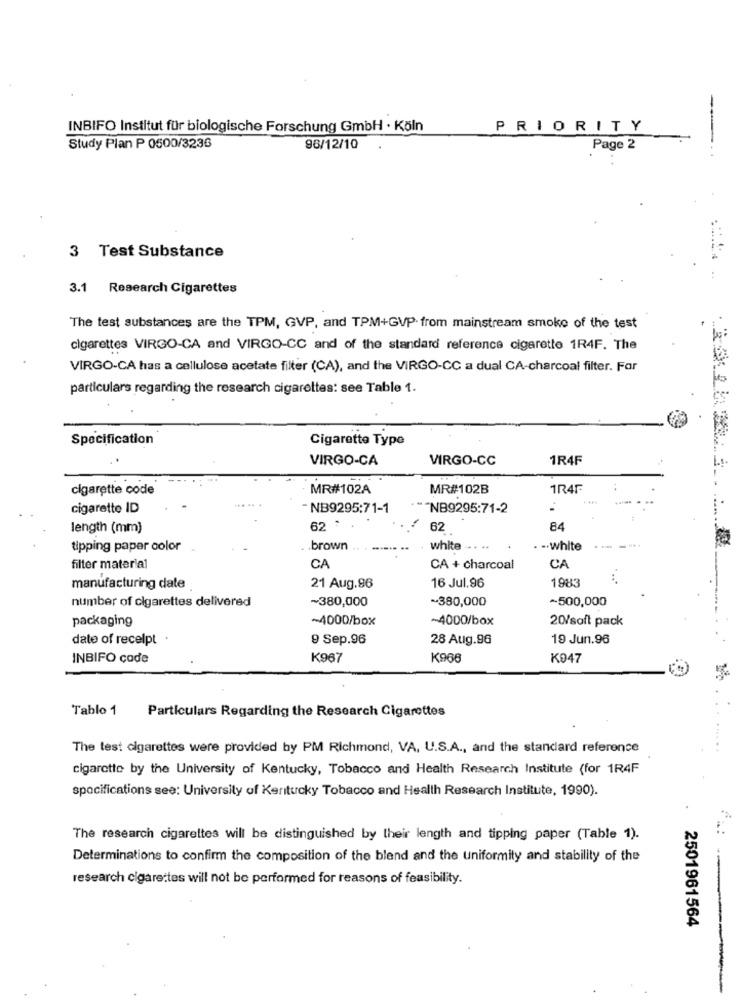
INBIFO Institut für biologische Forschung GmbH · Köln
PRIORITY
---
Study Plan P 0500/3236
96/12/10
Page 2
...
3 Test Substance
3.1 Research Cigarettes
The test substances are the TPM, GVP, and TPM+GVP from mainstream smoke of the test
cigarettes VIRGO-CA and VIRGO-CC and of the standard reference cigarette 1R4F. The
VIRGO-CA has a cellulose acetate filter (CA), and the VIRGO-CC a dual CA-charcoal filter. Far
particulars regarding the research cigarettes: see Table 1.
Specification
Cigarette Type
..
VIRGO-CA
VIRGO-CC
1R4F
cigarette code
MR#102A
MR#102B
1R4F
......
cigarette ID
NB9295:71-1
*** NB9295:71-2
length (mm)
62 .
62
84
tipping paper color
brown
white .. . ..
. .. White
filter material
CA
CA + charcoal
CA
1983
manufacturing date
21 Aug.96
16 Jul.96
number of cigarettes delivered
~380,000
~380,000
-500,000
packaging
~4000/box
-4000/box
20/soft pack
date of recelpt
9 Sep.96
28 Aug.96
19 Jun.96
INBIFO code
K967
K966
K047
Tablo 1 Particulars Regarding the Research Cigarettes
The test cigarettes were provided by PM Richmond, VA, U.S.A ., and the standard reference
cigarette by the University of Kentucky, Tobacco and Health Research Institute (for 1R4F
specifications see: University of Kentucky Tobacco and Health Research Institute, 1990).
The research cigarettes will be distinguished by their length and tipping paper (Table 1).
Determinations to confirm the composition of the blend and the uniformity and stability of the
research cigarettes will not be performed for reasons of feasibility.
2501961564